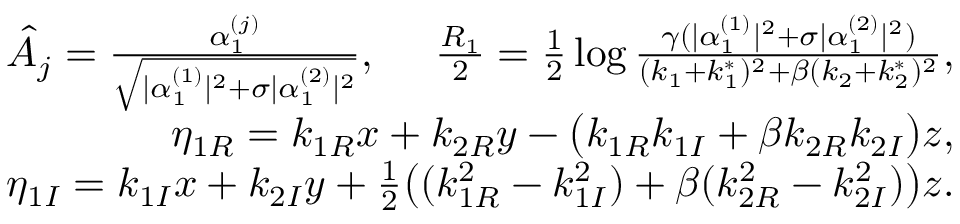
\begin{array} { r l r } & { } & { \hat { A } _ { j } = \frac { \alpha _ { 1 } ^ { ( j ) } } { \sqrt { \lvert \alpha _ { 1 } ^ { ( 1 ) } \rvert ^ { 2 } + \sigma \lvert \alpha _ { 1 } ^ { ( 2 ) } \rvert ^ { 2 } } } , ~ ~ ~ ~ \frac { R _ { 1 } } { 2 } = \frac { 1 } { 2 } \log \frac { \gamma ( \lvert \alpha _ { 1 } ^ { ( 1 ) } \rvert ^ { 2 } + \sigma \lvert \alpha _ { 1 } ^ { ( 2 ) } \vert ^ { 2 } ) } { ( k _ { 1 } + k _ { 1 } ^ { * } ) ^ { 2 } + \beta ( k _ { 2 } + k _ { 2 } ^ { * } ) ^ { 2 } } , } \\ & { } & { \eta _ { 1 R } = k _ { 1 R } x + k _ { 2 R } y - \big ( k _ { 1 R } k _ { 1 I } + \beta k _ { 2 R } k _ { 2 I } \big ) z , } \\ & { } & { \eta _ { 1 I } = k _ { 1 I } x + k _ { 2 I } y + \frac { 1 } { 2 } \big ( ( k _ { 1 R } ^ { 2 } - k _ { 1 I } ^ { 2 } ) + \beta ( k _ { 2 R } ^ { 2 } - k _ { 2 I } ^ { 2 } ) \big ) z . } \end{array}